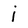
Character: i